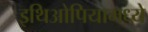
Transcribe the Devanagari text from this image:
इथिओपियामध्ये